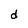
Character: d